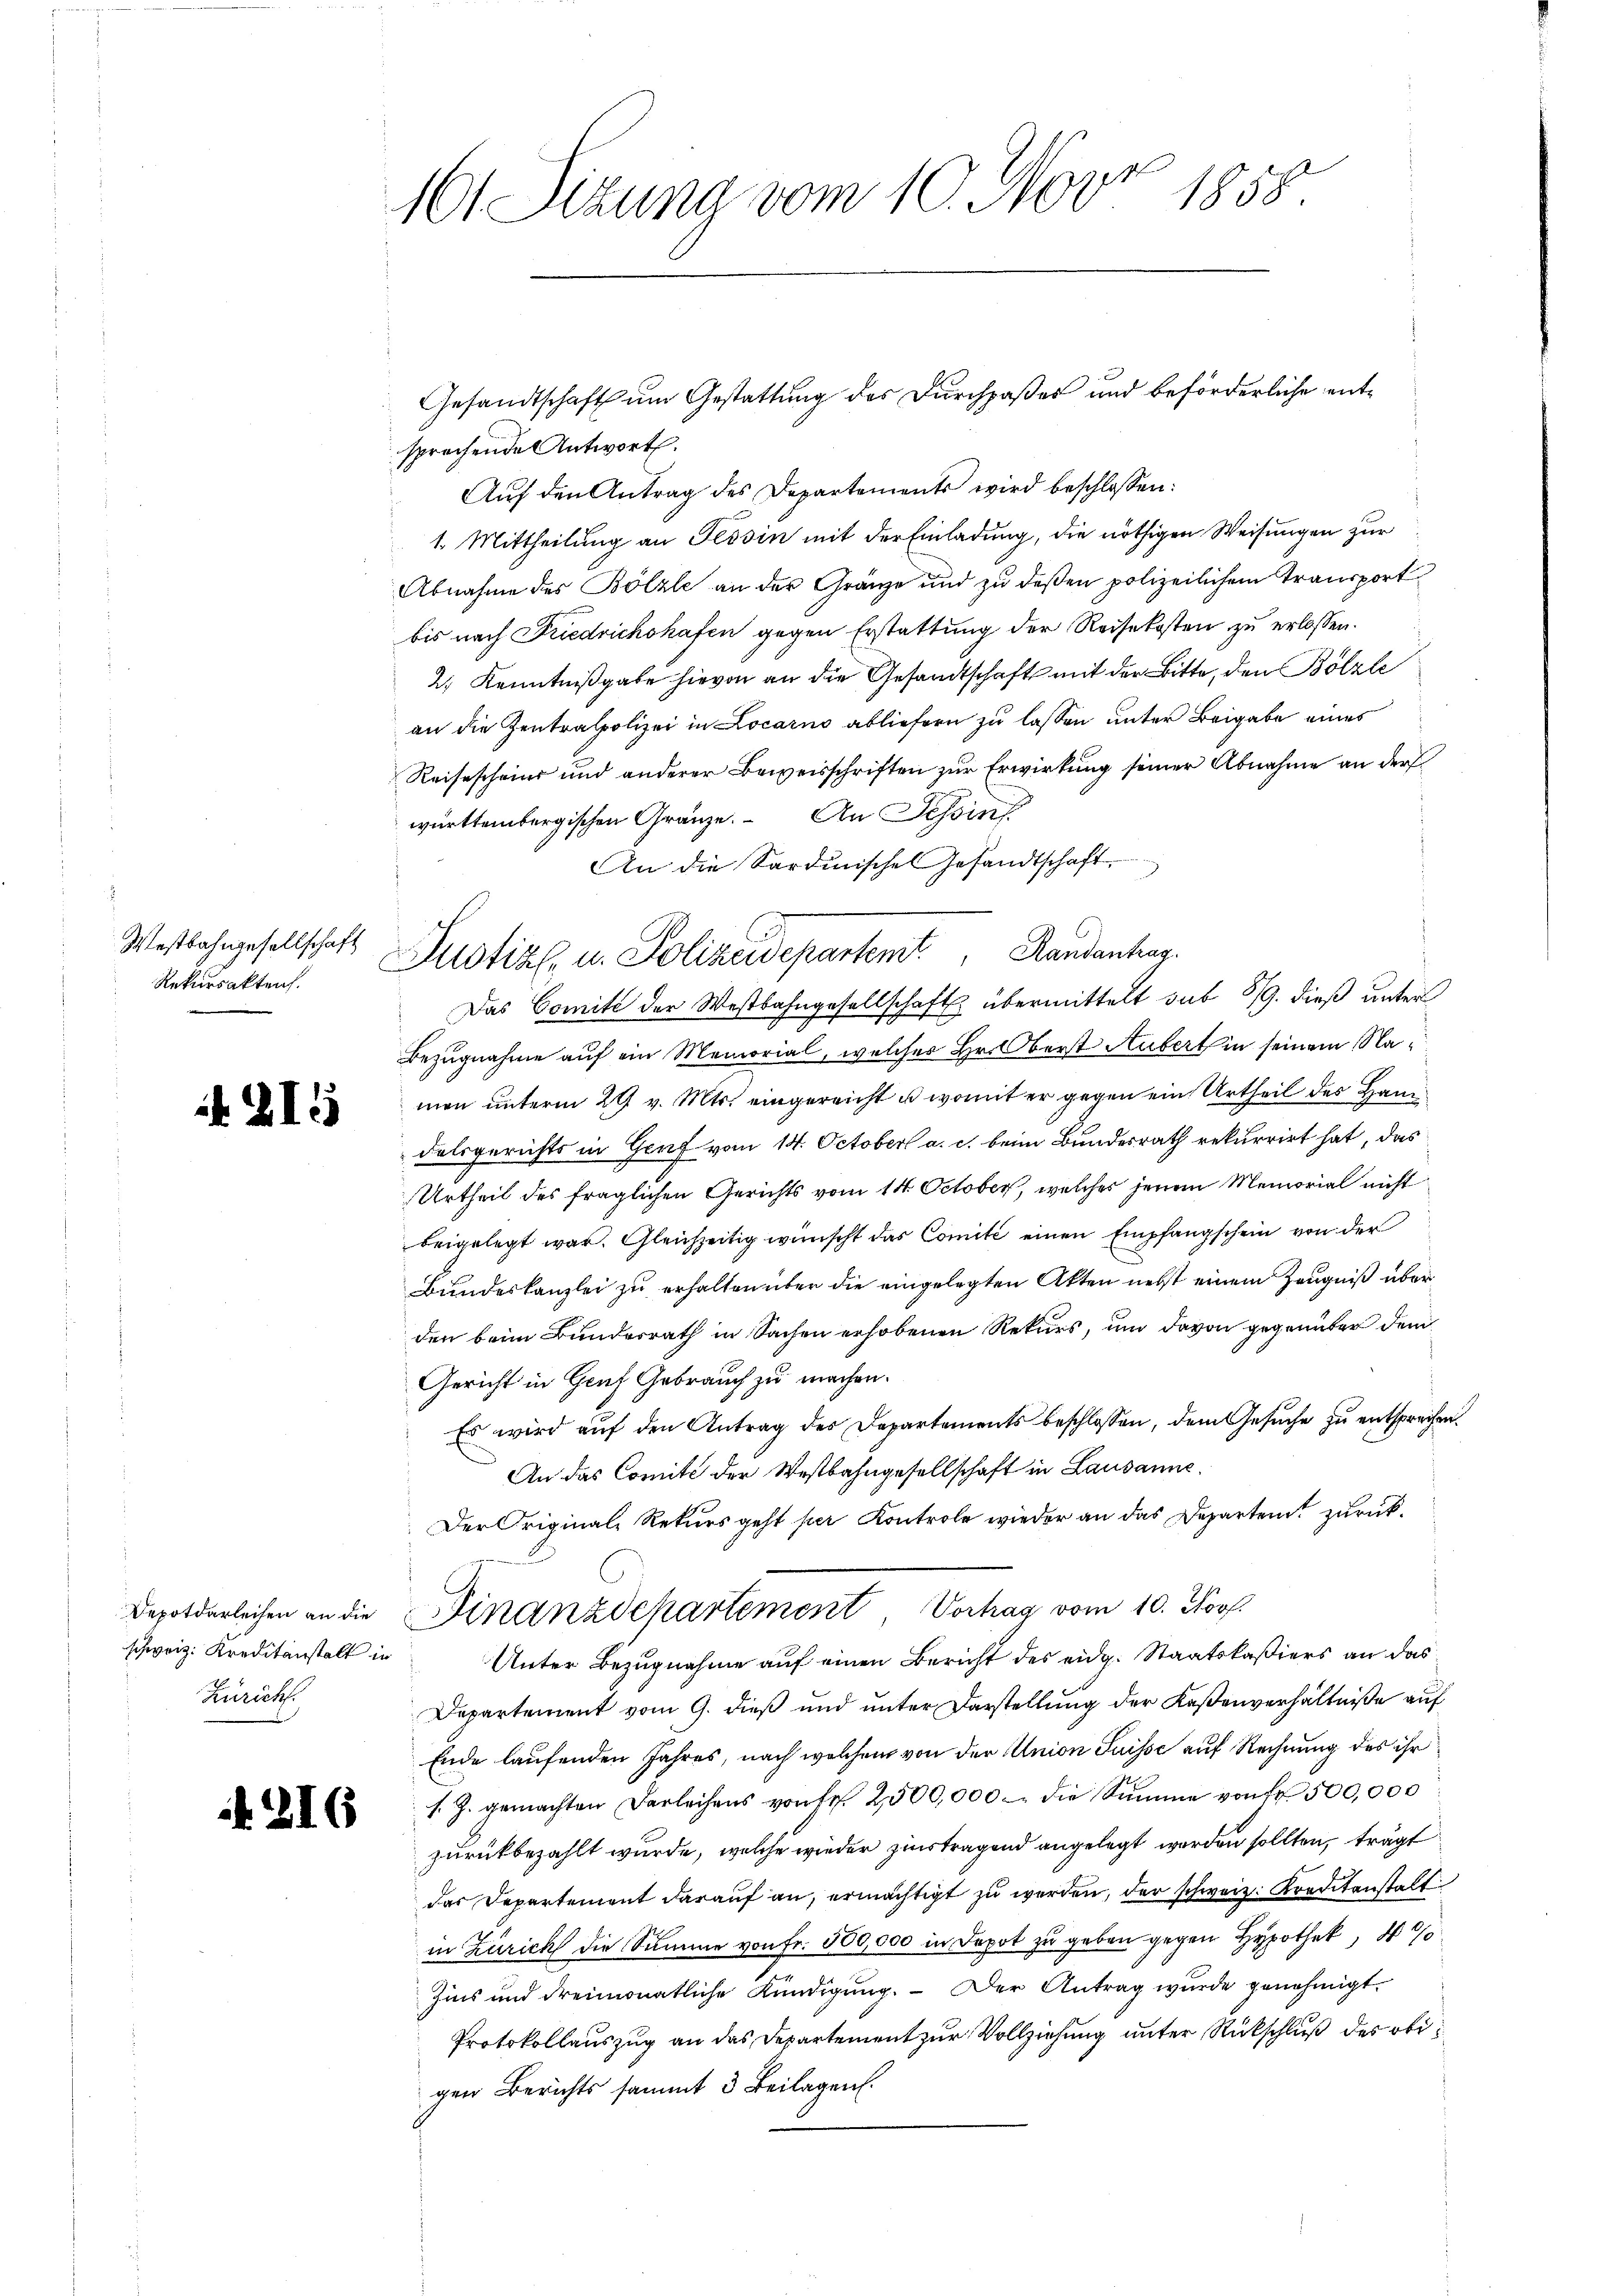
Westbahngesellschaft
Rekursakten.

215

schweiz. Kreditanstalt in
Züricht

216

161 Sizung vom 10. Nov. 1858

sprechende Antwort.
Auf den Antrag des Departements wird beschlossen:
1. Mittheilung an Tessin mit der Einladung, die nöthigen Weisungen zur
Abnahme des Bölzle an der Gränze und zu deßen polizeilichem Transport
bis nach Friedrichshafen gegen Erstattung der Reisekosten zu erlassen.
2) Kenntnißgabe hievon an die Gesandtschaft mit der Bitte, den Bölzle
an die Zentralpolizei in Locarno abliefern zu lassen unter Beigabe eines
Reisescheins und anderer Beweisschriften zur Erwirkung seiner Abnahme an der
württembergischen Gränze. An Tessin
An die Sardinischen Gesandtschaft
Justizl, u. Polizeidepartemit Randantrag.
Das Comité der Westbahngesellschaft übermittelt sub 8/9. dieß unter
Bezugnahme auf ein Memorial, welcher Hr. Oberst Hubert in seinem Namen unterm 29 v. Mts. eingereicht u. womit er gegen ein Urtheil des Han
delsgerichts in Genf vom 14. October a. c. beim Bundesrath rekurrirt hat, das
Urtheil des fraglichen Gerichts vom 14. October, welches jenem Memorial nicht
beigelegt war. Gleichzeitig wünscht das Comité einen Empfangschein von der
Bundeskanzlei zu erhalten über die eingelegten Akten nebst einem Zeugniß überden beim Bundesrath in Sachen erhobenen Rekurs, und davon gegenüber dem
Gericht in Genf Gebrauch zu machen.
Es wird auf den Antrag des Departements beschlossen, dem Gesuche zu entsprechen.
An das Comité der Westbahngesellschaft in Lausanne.
Der Originale Rekurs geht per Kontrole wieder an das Departen zurück¬
Depotderleichen an die Finanzdepartement, Vorhag vom 10. Nov.
Unter Bezugnahme auf einen Bericht des eidg. Staatskaßiers an das
Departement vom 9. dieß und unter Darstellung der Kaßenverhältniße auf
Ende laufenden Jahres, nach welchem von der Union Suisse auf Rechnung des ihr
s. Z. gemachten Darleihens von fr. 2500,000. die Summe von fr. 500,000
zurückbezahlt wurde, welche wieder zinstragend angelegt werden sollten, trägt
dar Departement darauf an, ermächtigt zŭ werden, der schweiz. Kreditanstalt
in Zürich die Summe von Fr. 500,000 in Depot zu geben gegen Hypothek, 4 %
Zins und dreimonatliche Kündigung. - Der Antrag wurde genehmigt.
Protokollauszug an das Departement zur Vollziehung unter Rückschluß des obigen Berichts sammt 3 Beilagen.

Gesandtschaft um Gestattung des Durchpaßes und beförderliche ent¬